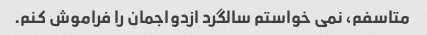
متاسفم، نمی خواستم سالگرد ازدواجمان را فراموش کنم.